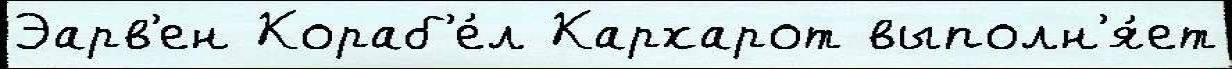
Эарв'ен Кораб'е́л Кархарот выполн'я́ет